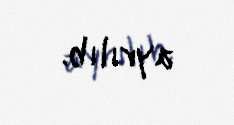
ayrılıb.